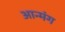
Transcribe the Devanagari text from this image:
आन्मंग